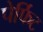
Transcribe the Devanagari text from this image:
पेर्फिट